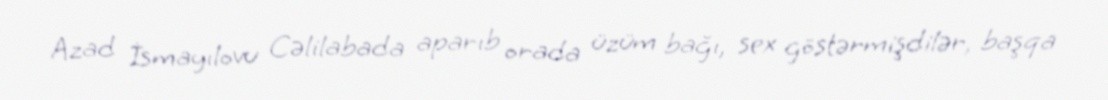
Azad İsmayılovu Cəlilabada aparıb orada üzüm bağı, sex göstərmişdilər, başqa